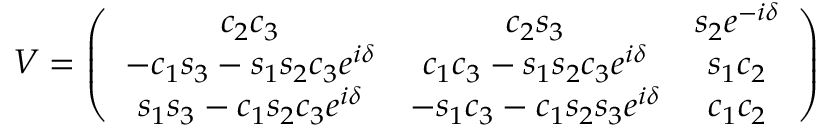
V = \left( \begin{array} { c c c } { { c _ { 2 } c _ { 3 } } } & { { c _ { 2 } s _ { 3 } } } & { { s _ { 2 } e ^ { - i \delta } } } \\ { { - c _ { 1 } s _ { 3 } - s _ { 1 } s _ { 2 } c _ { 3 } e ^ { i \delta } } } & { { c _ { 1 } c _ { 3 } - s _ { 1 } s _ { 2 } c _ { 3 } e ^ { i \delta } } } & { { s _ { 1 } c _ { 2 } } } \\ { { s _ { 1 } s _ { 3 } - c _ { 1 } s _ { 2 } c _ { 3 } e ^ { i \delta } } } & { { - s _ { 1 } c _ { 3 } - c _ { 1 } s _ { 2 } s _ { 3 } e ^ { i \delta } } } & { { c _ { 1 } c _ { 2 } } } \end{array} \right)